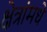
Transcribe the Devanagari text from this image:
क्षेत्रांमधे